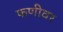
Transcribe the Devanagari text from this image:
फणीवर